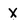
Character: X